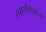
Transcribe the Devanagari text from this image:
स्वार्थभावना